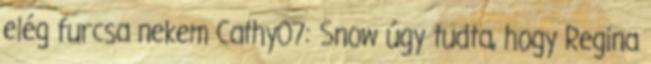
elég furcsa nekem Cathy07: Snow úgy tudta, hogy Regina